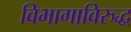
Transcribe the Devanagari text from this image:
विभागाविरुद्ध